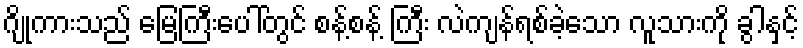
ဂျိုကားသည် မြေကြီးပေါ်တွင် စန့်စန့် ကြီး လဲကျန်ရစ်ခဲ့သော လူသားကို ခွါနှင့်